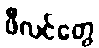
ဖီလင်တွေ